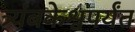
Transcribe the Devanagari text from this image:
त्र्यंबकेश्वपर्यंत